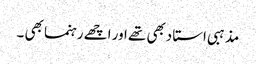
مذہبی استا دبھی تھے اور اچھے رہنما بھی ۔